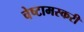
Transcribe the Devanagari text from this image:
चेष्टामस्करी